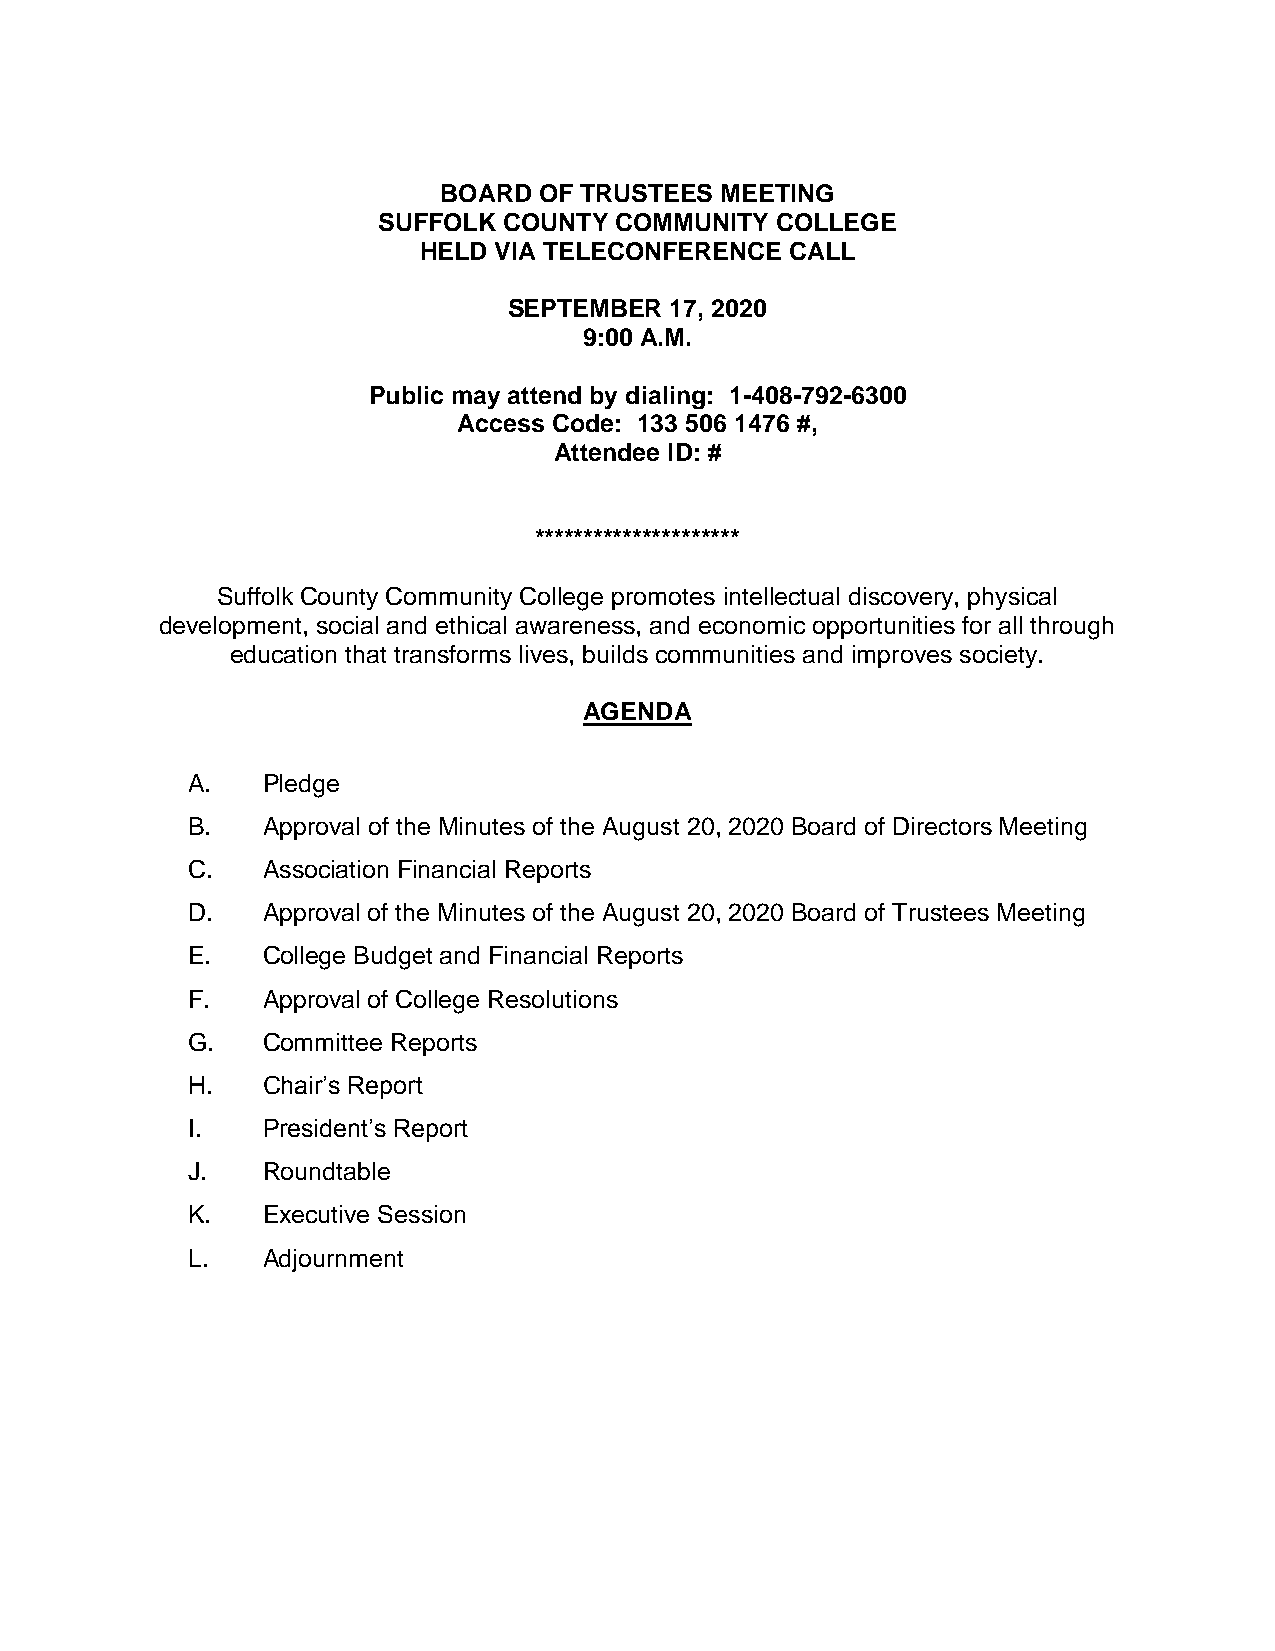
BOARD  OF TRUSTEES MEETING
 SUFFOLK COUNTY  COMMUNITY COLLEGE
 HELD VIA TELECONFERENCE CALL
 SEPTEMBER 17, 2020
 9:00 A.M.
 Public may attend by dialing: 1-408-792-6300
 Access Code: 133 506 1476 #,
 Attendee ID: #
 *********************
 Suffolk County Community College promotes intellectual discovery, physical
 development, social and ethical awareness, and economic opportunities for all through
 education that transforms lives, builds communities and improves society.
 AGENDA
 A.   Pledge
 B.   Approval of the Minutes of the August 20, 2020 Board of Directors Meeting
 C.   Association Financial Reports
 D.   Approval of the Minutes of the August 20, 2020 Board of Trustees Meeting
 E.   College Budget and Financial Reports
 F.   Approval of College Resolutions
 G.   Committee Reports
 H.   Chair’s Report
 I.   President’s Report
 J.   Roundtable
 K.   Executive Session
 L.   Adjournment